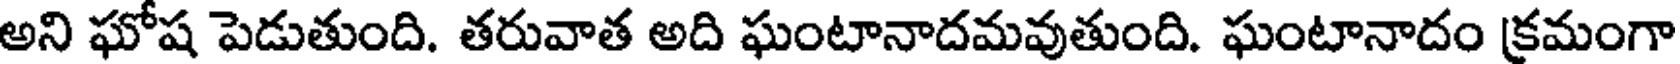
అని ఘోష పెడుతుంది. తరువాత అది ఘంటానాదమవుతుంది. ఘంటానాదం క్రమంగా